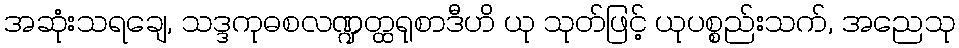
အဆုံးသရချေ, သဒ္ဒကုဓစလဏ္ဍတ္ထရုစာဒီဟိ ယု သုတ်ဖြင့် ယုပစ္စည်းသက်, အညေသု